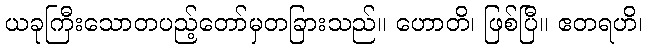
ယခုကြီးသောတပည့်တော်မှတခြားသည်။ ဟောတိ၊ ဖြစ်ပြီ။ ဧတရဟိ၊